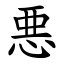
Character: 悪